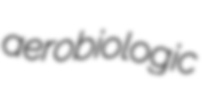
aerobiologic